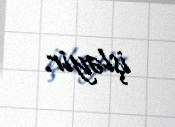
işləyir.